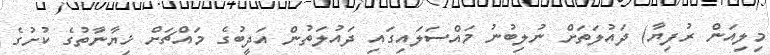
މިލިއަން ރުފިޔާ) ދައުލަތަށް ނުލިބުނު މައްސަލައިގައި ދައުލަތުން އަދީބުގެ މައްޗަށް ޚިޔާނާތުގެ ކުށުގެ